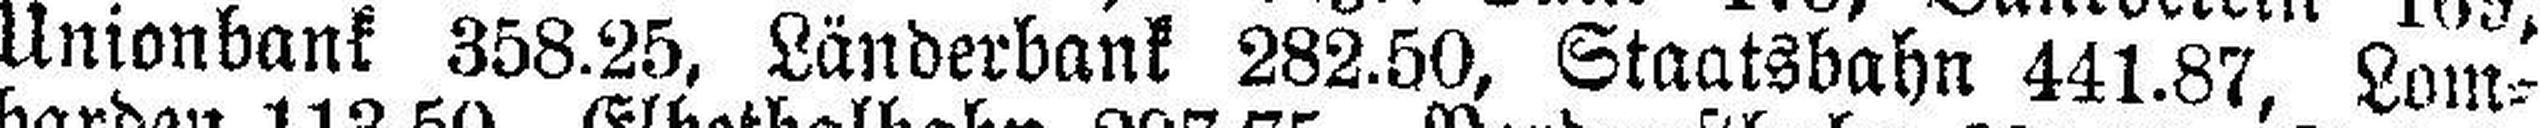
Unionbank 358.25, Länderbank 282.50, Staatsbahn 441.87, Lom¬